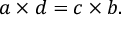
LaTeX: { a \times d } = { c \times b } .